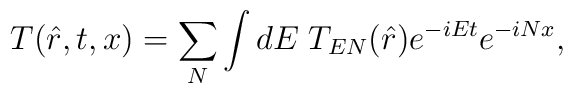
T(\hat{r},t,x)=\sum_N\int dE\;T_{EN}(\hat{r})e^{-iEt}e^{-iNx},